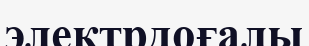
электрдоғалы